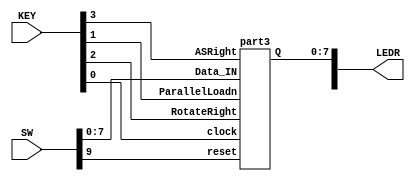
module eightbitrotatingregister(SW, KEY, LEDR);
	input [9:0] SW;
	input [3:0] KEY;
	output [9:0] LEDR;
	wire clock;
	assign clock = KEY[0];
	wire reset;
	assign reset = SW[9];
	wire ParallelLoadn;
	assign ParallelLoadn = KEY[1];
	wire RotateRight;
	assign RotateRight = KEY[2];
	wire ASRight;
	assign ASRight = KEY[3];
	wire [7:0] Data_IN;
	assign Data_IN[7:0] = SW[7:0];
	wire [7:0] Q;
	part3 u0(clock, reset, ParallelLoadn, RotateRight, ASRight, Data_IN, Q);
	assign LEDR[7:0] = Q[7:0];
endmodule 


module part3(clock, reset, ParallelLoadn, RotateRight, ASRight, Data_IN, Q);
	input clock, reset, ParallelLoadn, RotateRight, ASRight;
	input [7:0] Data_IN;
	output [7:0] Q;
	wire [7:0] rotatedata;
	wire [7:0] data_to_dff;

	// KEY[0] = clock
	// KEY[1] = ParallelLoadn
	// KEY[2] = RotateRight
	// KEY[3] = ASRight
	
// Substructure 1
	mux2to1 m1(
		.x(Q[7]), // Rotate left
		.y(Q[1]), // Rotate right
		.s(RotateRight), // Input new bit to the left
		.m(rotatedata[0]) // Output to mux
	);
	mux2to1 m2(
		.x(Data_IN[0]), // Input data D
		.y(rotatedata[0]), // Output from prev mux
		.s(ParallelLoadn), // Selects input D or rotate
		.m(data_to_dff[0])
	);
	flipflop f0(
		.d(data_to_dff[0]), // Input to FF
		.q(Q[0]), // Output from FF
		.clock(clock),
		.reset(reset)
	);

// Substructure 2
	mux2to1 m3(
		.x(Q[0]), // Rotate left
		.y(Q[2]), // Rotate right
		.s(RotateRight), // Inputs new bit to the left
		.m(rotatedata[1]) // Output to mux
	);
	mux2to1 m4(
		.x(Data_IN[1]), // Input data D
		.y(rotatedata[1]), // Output from prev mux
		.s(ParallelLoadn), // Selects input D or rotate
		.m(data_to_dff[1]) // Output to FF
	);
	flipflop ff1(
		.d(data_to_dff[1]), // Input to FF
		.q(Q[1]), // Output from FF
		.clock(clock),
		.reset(reset)
	);

// Substructure 3
	mux2to1 m5(
		.x(Q[1]),
		.y(Q[3]),
		.s(RotateRight),
		.m(rotatedata[2])
	);
	mux2to1 m6(
		.x(Data_IN[2]),
		.y(rotatedata[2]),
		.s(ParallelLoadn),
		.m(data_to_dff[2])
	);
	flipflop f2(
		.d(data_to_dff[2]),
		.q(Q[2]),
		.clock(clock),
		.reset(reset)
	);
	
// Substructure 4
	mux2to1 m7(
		.x(Q[2]),
		.y(Q[4]),
		.s(RotateRight),
		.m(rotatedata[3])
	);
	mux2to1 m8(
		.x(Data_IN[3]),
		.y(rotatedata[3]),
		.s(ParallelLoadn),
		.m(data_to_dff[3])
	);

	flipflop f3(
		.d(data_to_dff[3]),
		.q(Q[3]),
		.clock(clock),
		.reset(reset)
	);
	
// Substructure 5 
	mux2to1 m9(
		.x(Q[3]), 
		.y(Q[5]),
		.s(RotateRight),
		.m(rotatedata[4])
	);
	mux2to1 m10(
		.x(Data_IN[4]),
		.y(rotatedata[4]),
		.s(ParallelLoadn),
		.m(data_to_dff[4])
	);
	flipflop f4(
		.d(data_to_dff[4]),
		.q(Q[4]),
		.clock(clock),
		.reset(reset)
	);
	
// Substructure 6
	mux2to1 m11(
		.x(Q[4]), 
		.y(Q[6]), 
		.s(RotateRight),
		.m(rotatedata[5])
	);
	mux2to1 m12(
		.x(Data_IN[5]),
		.y(rotatedata[5]),
		.s(ParallelLoadn),
		.m(data_to_dff[5])
	);
	flipflop f5(
		.d(data_to_dff[5]),
		.q(Q[5]),
		.clock(clock),
		.reset(reset) 
	);
	
// Substructure 7
	mux2to1 m13(
		.x(Q[5]),
		.y(Q[7]),
		.s(RotateRight),
		.m(rotatedata[6])
	);
	mux2to1 m14(
		.x(Data_IN[6]), 
		.y(rotatedata[6]),
		.s(ParallelLoadn),
		.m(data_to_dff[6])
	);
	flipflop f6(
		.d(data_to_dff[6]),
		.q(Q[6]),
		.clock(clock),
		.reset(reset)
	);
	
// Substructure 8 
wire ASR, notASR;

	mux2to1 m15(
		.x(Q[6]),
		.y(Q[7]),
		.s(RotateRight),
		.m(ASR)
	);
	mux2to1 m16(
		.x(Q[6]),
		.y(Q[0]),
		.s(RotateRight),
		.m(not_ASR)
	);
	mux2to1 m17(
		.x(not_ASR), 
		.y(ASR), 
		.s(RotateRight & ASRight), 
		.m(rotatedata[7])
	);
	mux2to1 m18(
		.x(Data_IN[7]),
		.y(rotatedata[7]),
		.s(ParallelLoadn),
		.m(data_to_dff[7])
	);
	flipflop f7(
		.d(data_to_dff[7]),
		.q(Q[7]),
		.clock(clock),
		.reset(reset)
	);
endmodule


module mux2to1(y, x, s, m);
	input y, x, s;
	output reg m;
	
	always @(*)
	begin
		case(s)
			0: m = x;
			1: m = y;
		endcase
	end
endmodule


module flipflop(d, q, clock, reset);
	input d, clock, reset;
	output reg q;
	
	always @(posedge clock) 
	begin
		if (reset == 1'b1) // When reset is 1 (note this is tested on every rising clock edge)
			q <= 0;
		else
			q <= d; // Assign d to q at posedge if not reset
	end
endmodule